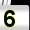
Digit: 5